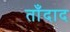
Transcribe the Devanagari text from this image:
ताँदाद